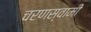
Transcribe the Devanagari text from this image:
चरणस्वामी